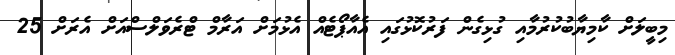
މިބީލަށް ކާމިޔާބުކުރުމާއި ގުޅިގެން ފަރުކޮޅުގައި އެއާޕޯޓެއް އެޅުމަށް އަރާމް ޓްރެވަލްސްއަށް އެރަށް 25